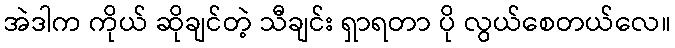
အဲဒါက ကိုယ် ဆိုချင်တဲ့ သီချင်း ရှာရတာ ပို လွယ်စေတယ်လေ။